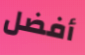
أفضل